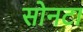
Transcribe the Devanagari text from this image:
सोनटा